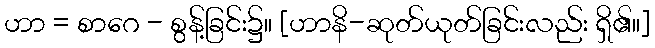
ဟာ = စာဂေ - စွန့်ခြင်း၌။ [ဟာနိ-ဆုတ်ယုတ်ခြင်းလည်း ရှိ၏။]